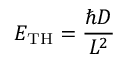
E _ { \mathrm { T H } } = \frac { \hbar D } { L ^ { 2 } }